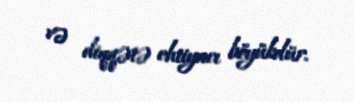
və diqqətə ehtiyacı böyükdür.